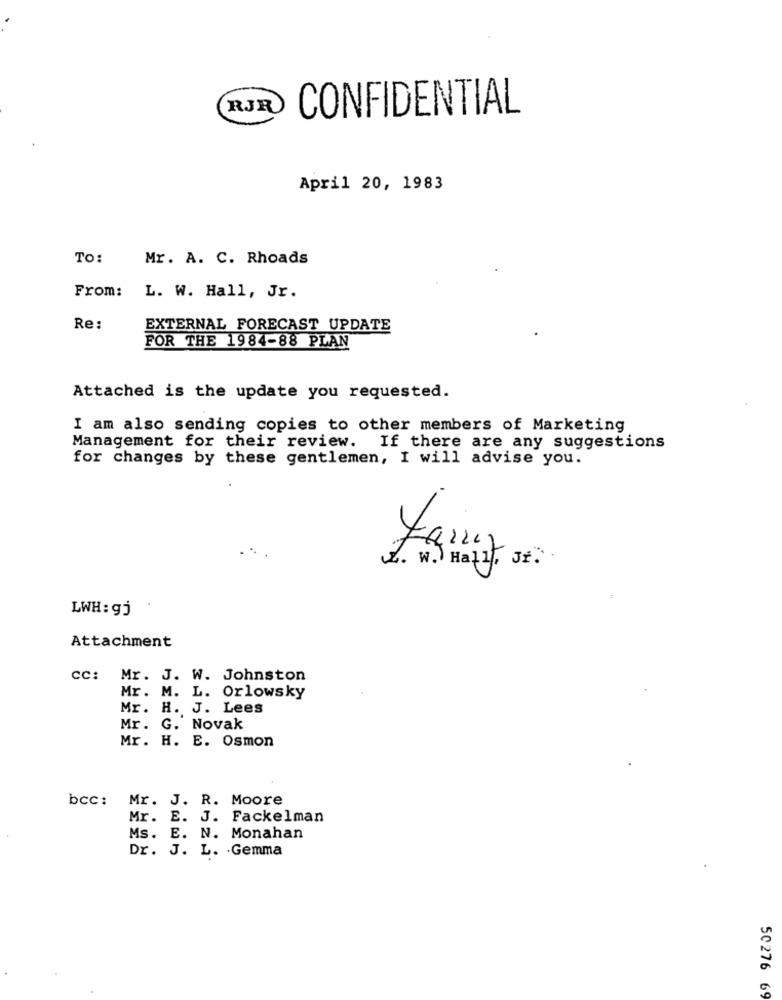
RJR
CONFIDENTIAL
April 20, 1983
TO:
Mr. A. C. Rhoads
From:
L. W. Hall, Jr.
Re:
EXTERNAL FORECAST UPDATE
FOR THE 1984-88 PLAN
Attached is the update you requested.
I am also sending copies to other members of Marketing
Management for their review. If there are any suggestions
for changes by these gentlemen, I will advise you.
r.
LWH : gj
Attachment
cc: Mr. J. W. Johnston
Mr. M. L. Orlowsky
Mr. H. J. Lees
Mr. G. Novak
Mr. H. E. Osmon
bcc: Mr. J. R. Moore
Mr. E. J. Fackelman
Ms. E. N. Monahan
Dr. J. L. . Gemma
50276 69